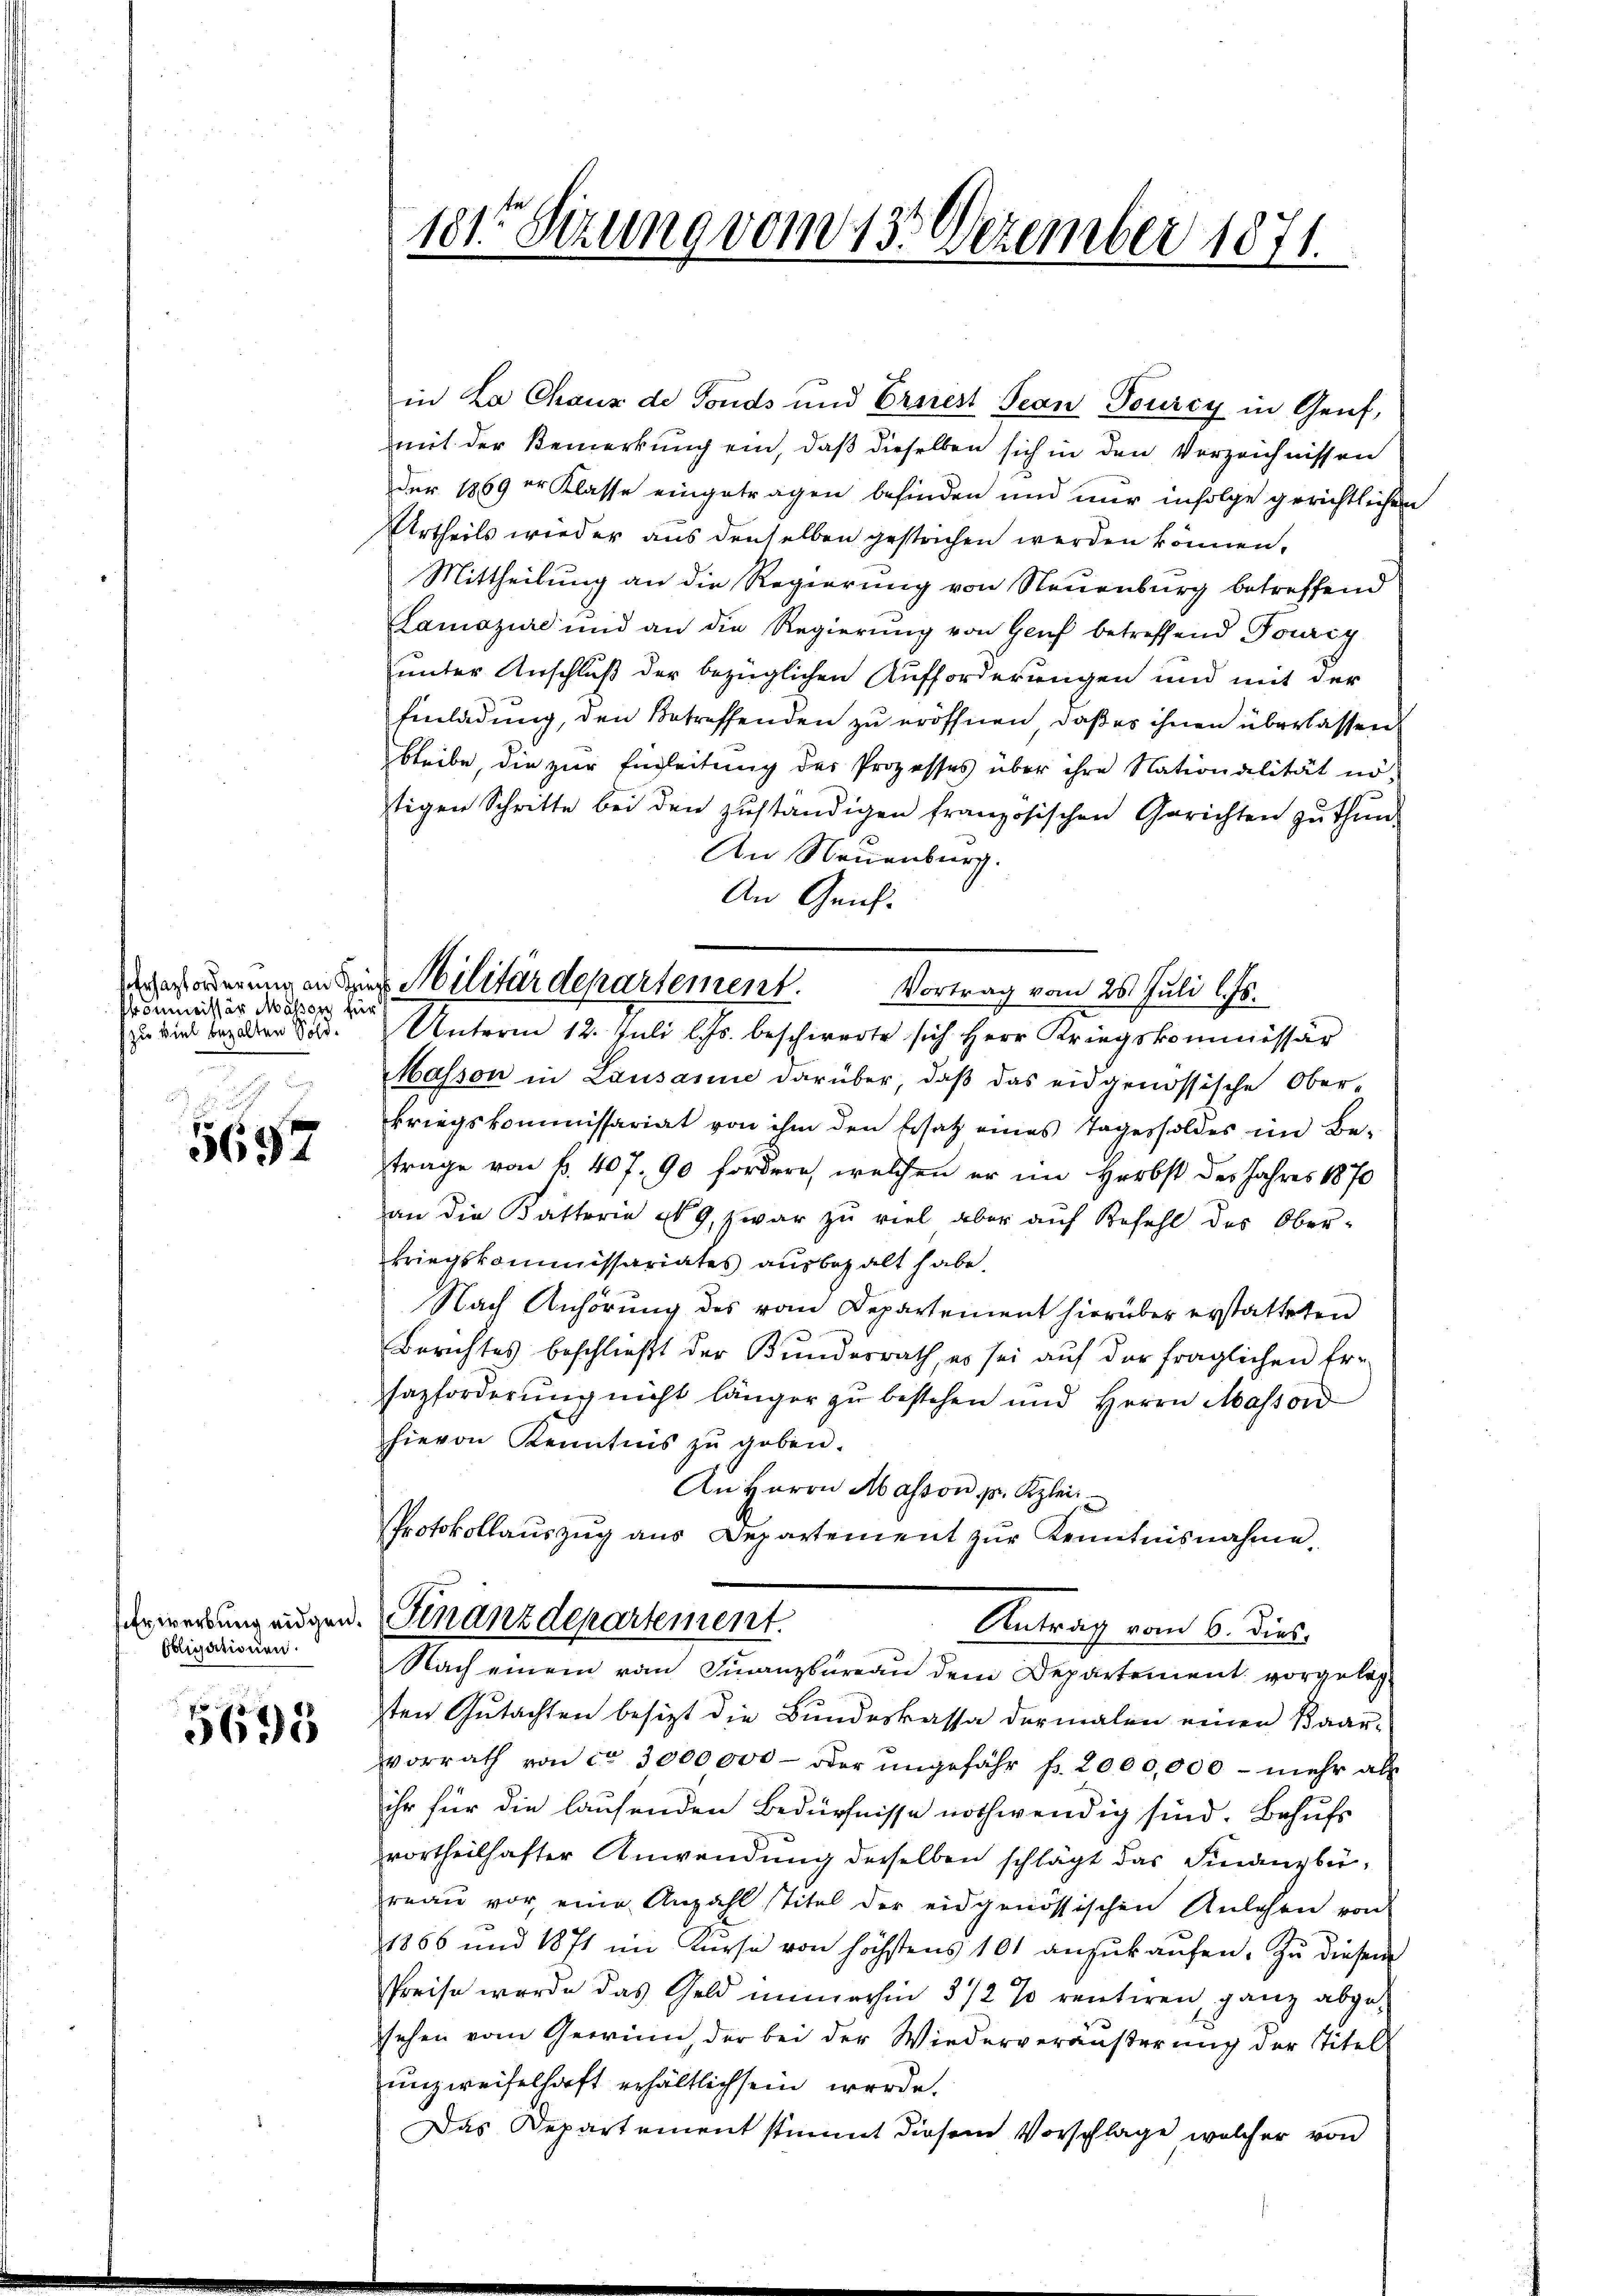
kommissär Massen für
zu viel bezalten Sold.

5697

Obligationen.

5695

in La Chaux de Fonds und Errrest Jean Tourcy in Genf,
mit der Bemerkung ein, daß dieselben sich in den Verzeichnissen
der 1869 er Klasse eingetragen befinden und nur infolge gerichtlichen
Urtheils wieder aus denselben gestrechen werden können.
Mittheilung an die Regierung von Neuenburg betreffend
Lamazire und an die Regierŭng von Genf betreffend Tourig
unter Anschluß der bezüglichen Aufforderungen und mit der
Einladung, den Betreffenden zu eröffnen, daß es ihnen überlassen
bleibe, die zur Engleitung des Prozesses über ihre Nationalität nö-
tigen Schritte bei den zŭständigen französischen Gerichten zŭ thŭn.
An Neuenburg.
An Genf
Vortrag vom 25. Juli l. Js.
Unterm 12. Juli l. Js. beschwerte sich Herr Kriegskommissar
Masson in Lausanne darüber, daß das eidgenössische Ober-
kriegskommissariat von ihm den Ersatz eines Tagessoldes im Be-
trage von f. 407. 90 fordern, welchen er im Herbst des Jahres 1870
an die Katterie n 9. zwar zu viel aber auf Befehl des Ober-
kriegskommissariates ausbezalt habe.
Nach Anhörung des vom Departement hierüber erstatteten
Berichtes beschlieβt der Bŭndesrath, es sei aŭf der fraglichen Er-
hazforderung nicht länger zu bestehen und Herrn Massond
hievon Kenntnis zŭ geben.
An Herrn Masson pr. Klei
Protokollauszug aus Departement zur Kenntnisnahme,
Erwerkung angen. Finanzdepartement.
Antrag vom 6. dies
Nach einem vom Finanzbüreau dem Departement vorgeleg
ten Gutachten besitzt die Bundeskassa dermalen einen Baarvorrath von ca 3000000 - oder ungefähr fr. 2000,000 - mehr als
ihr für die laufenden Bedürfnisse nothwendig sind. Behufs
vortheilhafter Anwendung derselben schlägt das Finanzbüreaŭ vor eine Anzahl stitel der eidgenössischen Anlehen von
1866 und 1871 im Kŭrse von höchstens 101 anzŭkaŭfen. Zŭ diesem
Preise wurde das Geld immerhin 372 % rentiren, ganz abge-
sehen vom Gewinn, der bei der Wiederveräußerung der Titel
unzweifelhaft erhältlich sein werde.
Das Departement stimmt diesem Vorschlage welcher von

101. Sitzung vom 13. Dezember 1871.

reforderung an dies Militärdepartement.